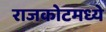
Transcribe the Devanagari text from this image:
राजकोटमध्ये